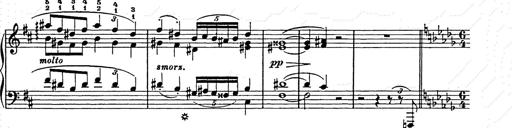
Title: Ballade No.2
Composer: Jan Skrzydlewski
Key: B minor